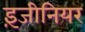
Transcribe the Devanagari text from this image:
इ़जीनियर